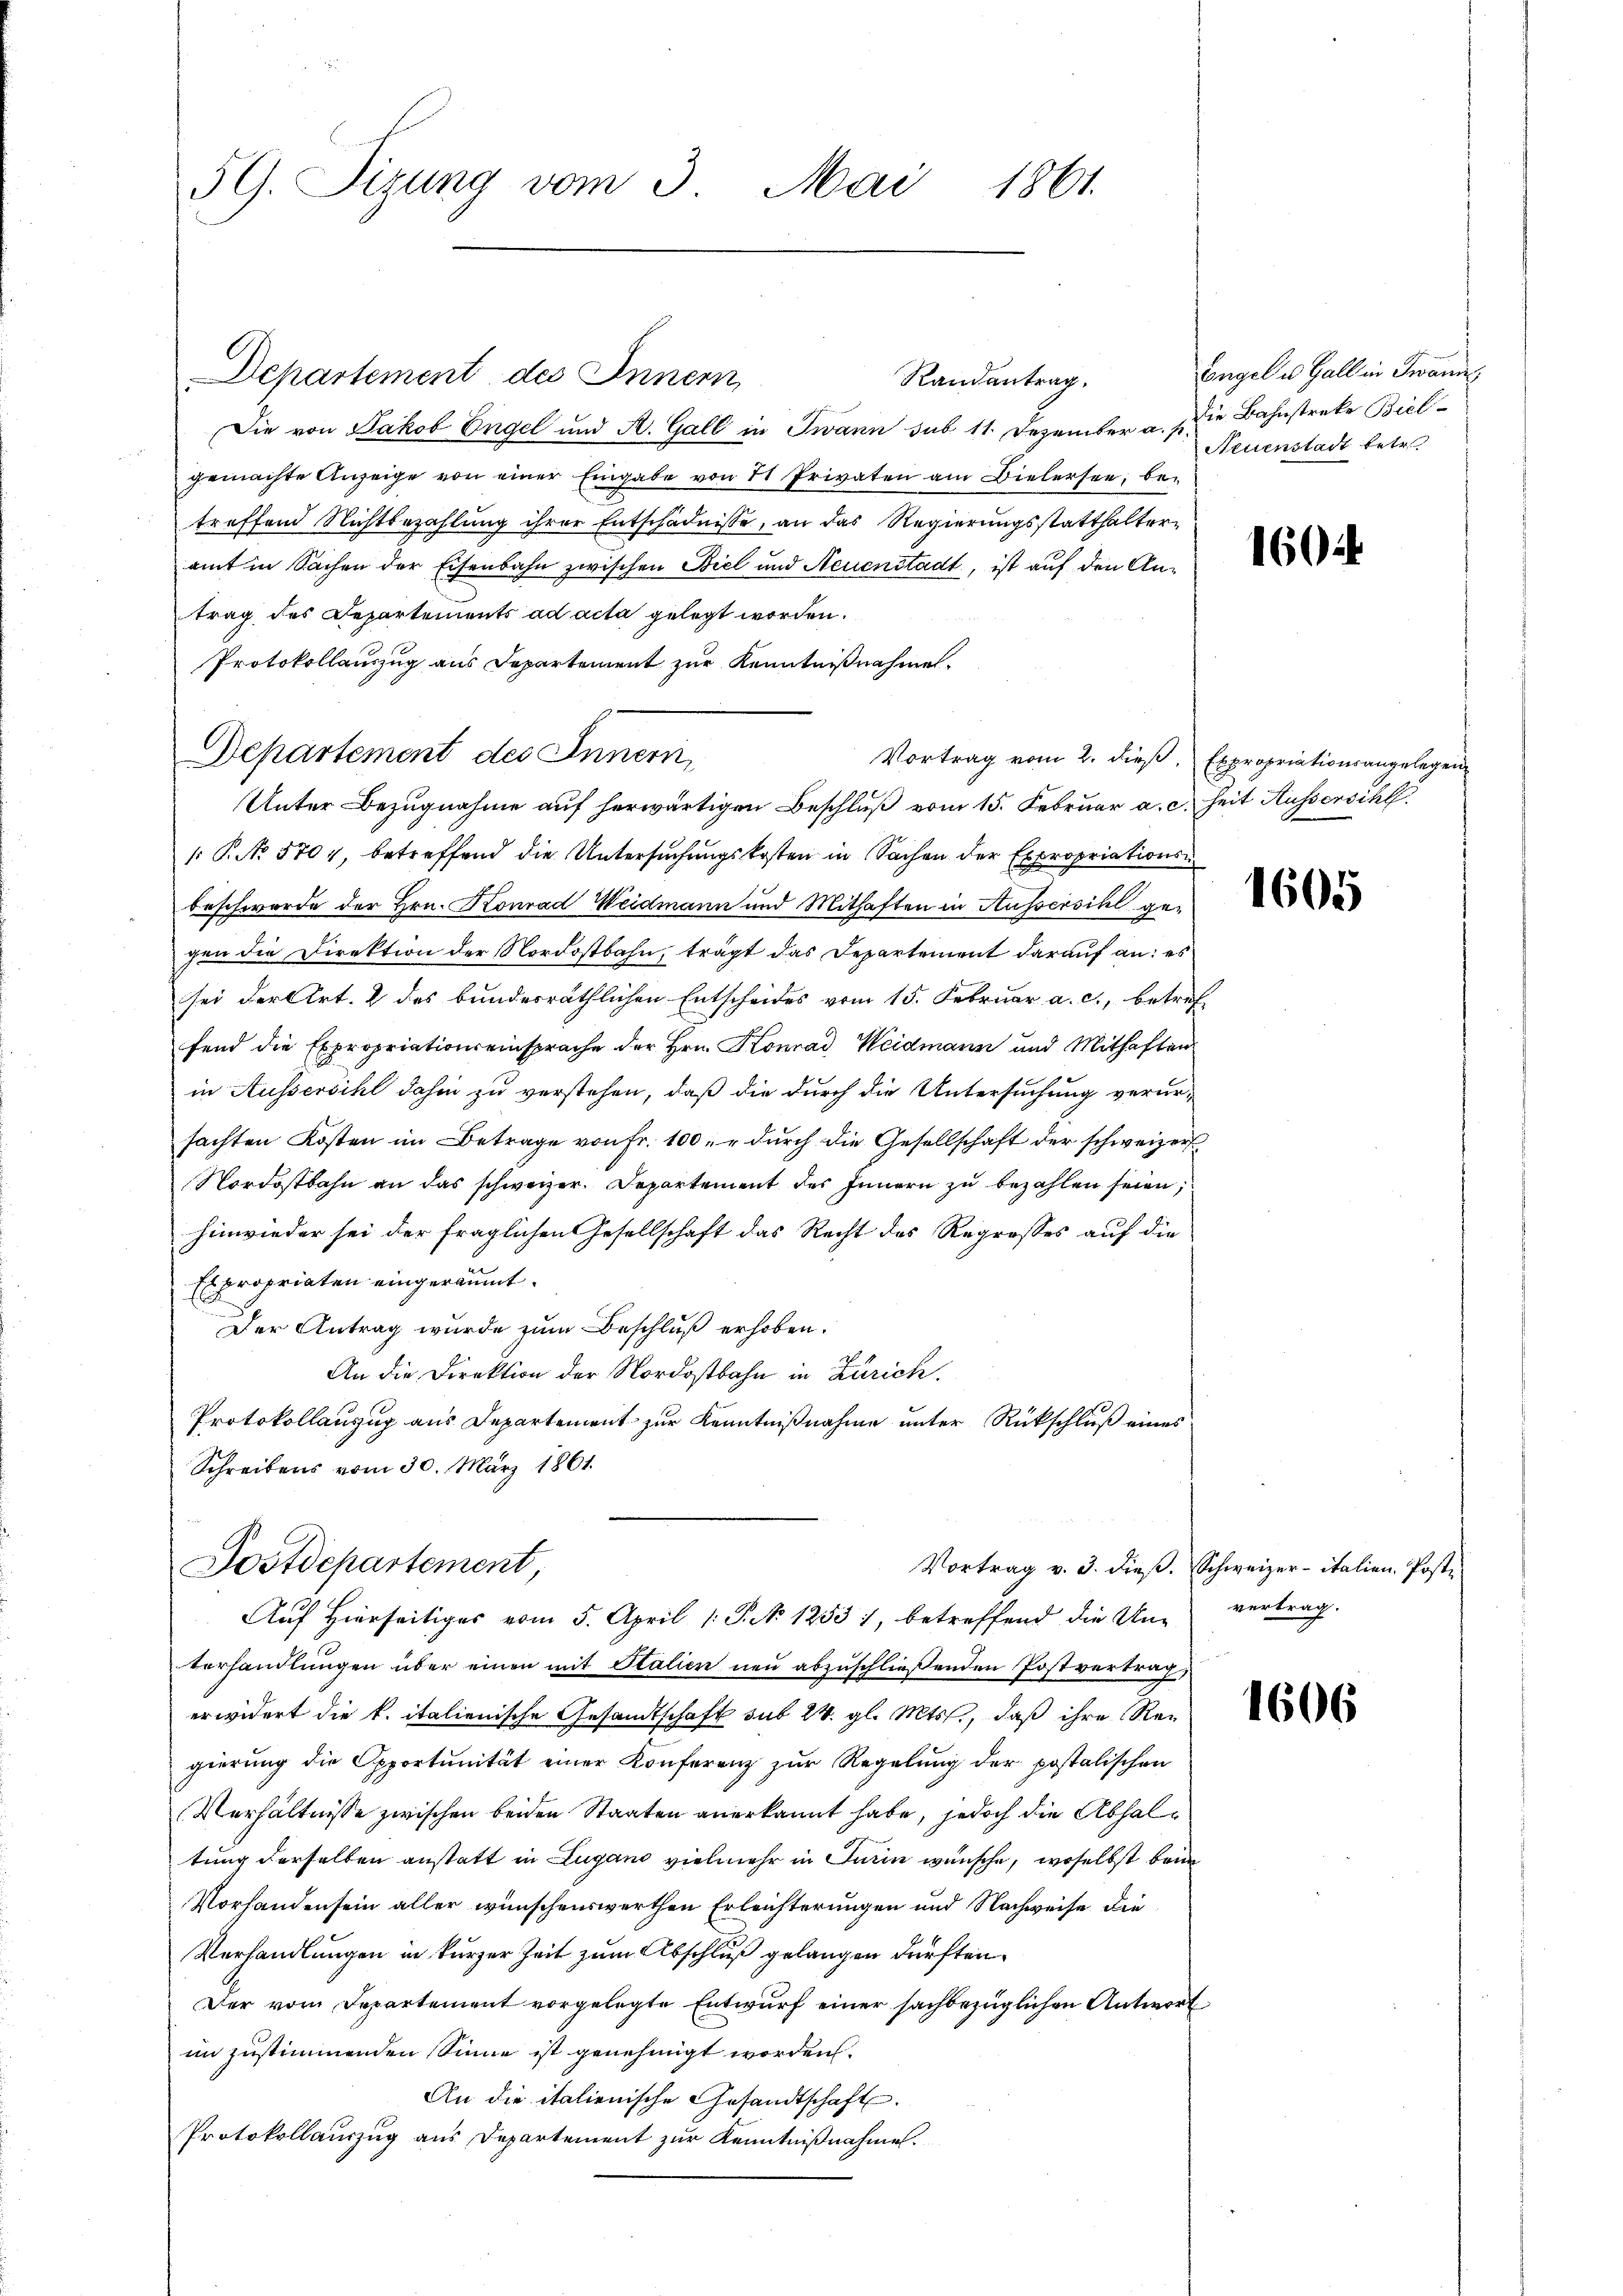
59. Sizung vom 3. Mai 1861.

Departement des Innern,
Randantrag.
Die von Jakob Engel und A. Gall in Twann sub 11. Dezember a. p. die Bahnstreke Bielgemachte Anzeige von einer Eingabe von 71 Privaten am Bielersee be-
treffend Nichtbezahlung ihrer Entschädnisse, an das Regierungsstatthalteramt in Sachen der Eisenbahn zwischen Biel und Neuenstadt, ist auf den Antrag des Departements ad acta gelegt worden.
Protokollauszug aus Departement zur Kenntnißnahmen.
Departement des Inneri
Vortrag vom 2. dieß, Expropriationsangelegen
Unter Bezugnahme auf herwärtigen Beschluß vom 15. Februar a. c. Zeit Kussersihl
[P.No 5704, betreffend die Untersuchungskosten in Sachen der Expropriations-
beschwerde der Hrn. Konrad Weidmann und Mithaften in Aussersihl gegen die Direktion der Nordostbahn, trägt das Departement darauf an: es
sei der Art. 2 des bundesräthlichen Entscheides vom 15. Februar a. c., betreffend die Expropriationseinsprache der Hrn. Konrad Weidmann und Mithaften
in Aussersihl dahin zu verstehen, daß die durch die Untersuchung verur-
sachten Kosten im Betrage von Fr. 100. durch die Gesellschaft der schweizer
Nordostbahn an das schweizer. Departement des Innern zu bezahlen seien;
hinwieder sei der fraglichen Gesellschaft das Recht des Regrosses auf die
Expropriaten eingeräumt.
Der Antrag wurde zum Beschluß erhoben.
An die Direktion der Nordostbahn in Zürich.
Protokollanzug aus Departement zur Kenntnißnahme unter Rückschluß eines
Schreibens vom 30. März 1861.
Postdepartement,
Vortrag v. 3. dieß. Schweizer- italien, Post¬
Auf Hierseitiges vom 5. April 1. P. Nr. 12531, betreffend die Unterhandlungen über einen mit Italien neu abzuschließenden Postvertrag,
erwidert die k. italienische Gesandtschaft sub 24. gl. Mts., daß ihre Regierung die Opportŭnität einer Konferenz zur Regelung der postolischen
Verhältnisse zwischen beiden Staaten anerkannt habe, jedoch die Abhaltung derselben anstatt in Lugano vielmehr in Turin wünsche, woselbst beim
Vorhanden sein aller wünschenswerthen Erleichterungen und Nachweise die
Verhandlungen in kurzer Zeit zum Abschluß gelangen dürften.
Der vom Departement vorgelegte Entwurf einer sachbezüglichen Antwort
in zustimmenden Sinne ist genehmigt worden.
An die italienische Gesandtschaft.
Protokollauszug aus Departement zur Kenntnißnahme.

Eingel u. Gall in Twann
Aruenstadt betr.

1604

1605

vertrag.

1606